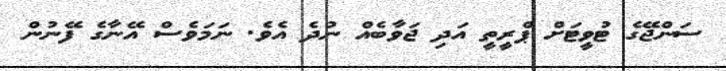
ސަންޖޭގެ ޓުވީޓަށް ޕްރީތީ އަދި ޖަވާބެއް ނުދެ އެވެ. ނަމަވެސް އޭނާގެ ފޭނުން